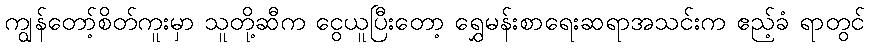
ကျွန်တော့်စိတ်ကူးမှာ သူတို့ဆီက ငွေယူပြီးတော့ ရွှေမန်းစာရေးဆရာအသင်းက ဧည့်ခံ ရာတွင်